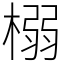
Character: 榒